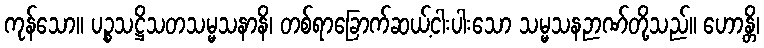
ကုန်သော။ ပဉ္စသဋ္ဌိသတသမ္မသနာနိ၊ တစ်ရာခြောက်ဆယ့်ငါးပါးသော သမ္မသနဉာဏ်တို့သည်။ ဟောန္တိ၊